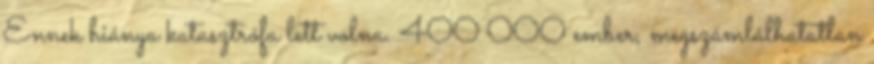
Ennek hiánya katasztrófa lett volna. 400 000 ember, megszámlálhatatlan